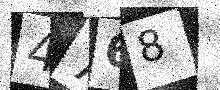
Text: 4768